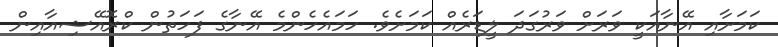
ކަމަށާއި އޭނާއަކީ ވަރަށް ވަރުގަދަ ލީޑަރެއް ކަމަށެވެ. ހަމައެހެންމެ އޭނާގެ ފަހަތުން ކްރޮއޭޝިއާއިން